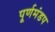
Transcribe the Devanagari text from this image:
पूर्णमंडप